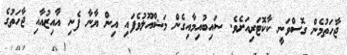
ޖާހަތުމެން ގޮސްވަނީ ކާކޮޓަރިއަށެވެ. ސައިބުއިމާއިގެން މަޝްއޫލުވެފައި އިން ޔާނާ ފެނި އާއިޒުއާއި ޖާހަތުގެ